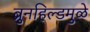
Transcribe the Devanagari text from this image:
ब्रुनहिल्डमुळे